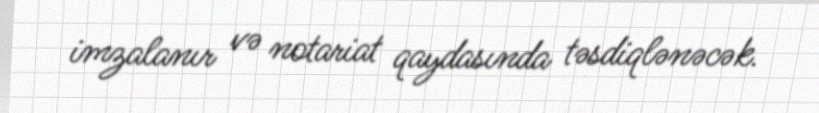
imzalanır və notariat qaydasında təsdiqlənəcək.